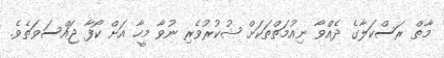
މާތް ރަސްކަލާގެ ދެއްވާ ނިއުމަތްތަކަށް ޝުކުރުވެރި ނުވާ މީހާ އަށް ކޯފާ ޖައްސަވަތެވެ.